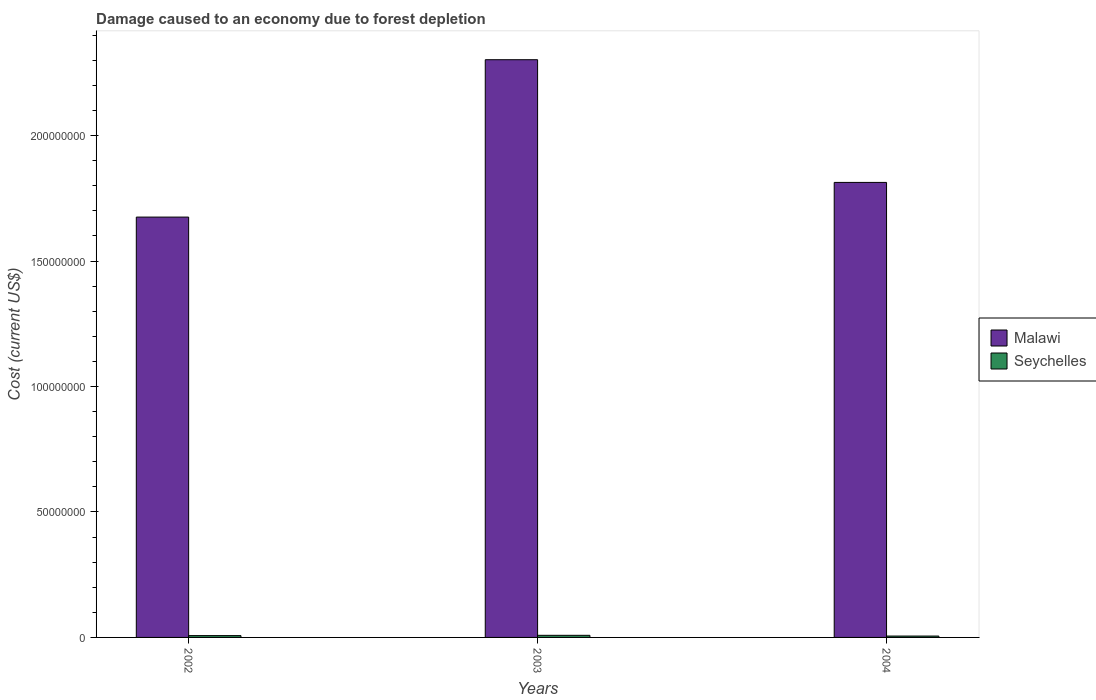
| Years | Malawi | Seychelles |
 | --- | --- | --- |
 | 2002 | 1.68e+08 | 7.26e+05 |
 | 2003 | 2.3e+08 | 8.41e+05 |
 | 2004 | 1.81e+08 | 5.45e+05 |